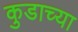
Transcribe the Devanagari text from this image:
कुडाच्या